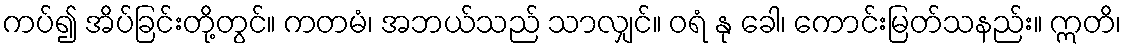
ကပ်၍ အိပ်ခြင်းတို့တွင်။ ကတမံ၊ အဘယ်သည် သာလျှင်။ ဝရံ နု ခေါ၊ ကောင်းမြတ်သနည်း။ ဣတိ၊